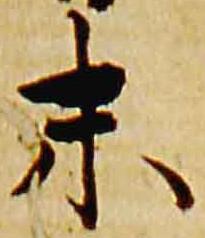
末